Report on sanitation, dispensaries, and jails in Rajputana for 1918, and on vaccination for the year 1918-1919 - 1918-1919
Year: 1918
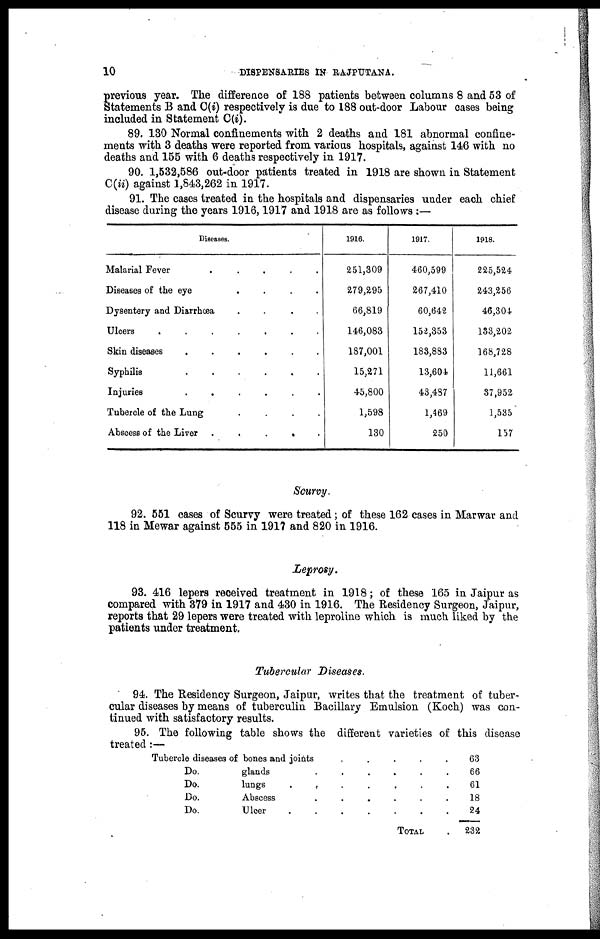
10
DISPENSARIES IN RAJPUTANA.
previous year. The difference of 188 patients between columns 8 and 53 of
Statements B and C(i) respectively is due to 188 out-door Labour cases being
included in Statement C(i).
89. 130 Normal confinements with 2 deaths and 181 abnormal confine-
ments with 3 deaths were reported from various hospitals, against 146 with no
deaths and 155 with 6 deaths respectively in 1917.
90. 1,532,586 out-door patients treated in 1918 are shown in Statement
C(ii) against 1,843,262 in 1917.
91. The cases treated in the hospitals and dispensaries under each chief
disease during the years 1916, 1917 and 1918 are as follows :—
Diseases.
Malarial Fever
.....
Diseases of the eye
....
Dysentery and Diarrhœa
....
Ulcers
.......
Skin diseases
......
Syphilis
......
Injuries
......
Tubercle of the Lung
....
Abscess of the Liver
.....
1916.
251,309
279,295
66,819
146,083
187,001
15,271
45,800
1,598
130
1917.
460,599
267,410
60,642
152,353
183,883
13,604
43,487
1,469
250
1918.
225,524
243,256
46,304
133,202
168,728
11,661
37,952
1,535
157
Scurvy.
92. 551 cases of Scurvy were treated; of these 162 cases in Marwar and
118 in Mewar against 555 in 1917 and 820 in 1916.
Leprosy.
93. 416 lepers received treatment in 1918; of these 165 in Jaipur as
compared with 379 in 1917 and 430 in 1916. The Residency Surgeon, Jaipur,
reports that 29 lepers were treated with leproline which is much liked by the
patients under treatment.
Tubercular Diseases.
94. The Residency Surgeon, Jaipur, writes that the treatment of tuber-
cular diseases by means of tuberculin Bacillary Emulsion (Koch) was con-
tinued with satisfactory results.
95. The following table shows the different varieties of this disease
treated :—
Tubercle diseases of bones and joints
.....
Do.
glands
......
Do.
lungs
.......
Do.
Abscess
......
Do.
Ulcer
.......
TOTAL .
63
66
61
18
24
232